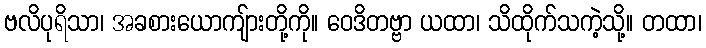
ဗလိပုရိသာ၊ အခစားယောကျ်ားတို့ကို။ ဝေဒိတဗ္ဗာ ယထာ၊ သိထိုက်သကဲ့သို့။ တထာ၊